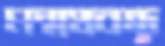
মন্মথবন্ধুু